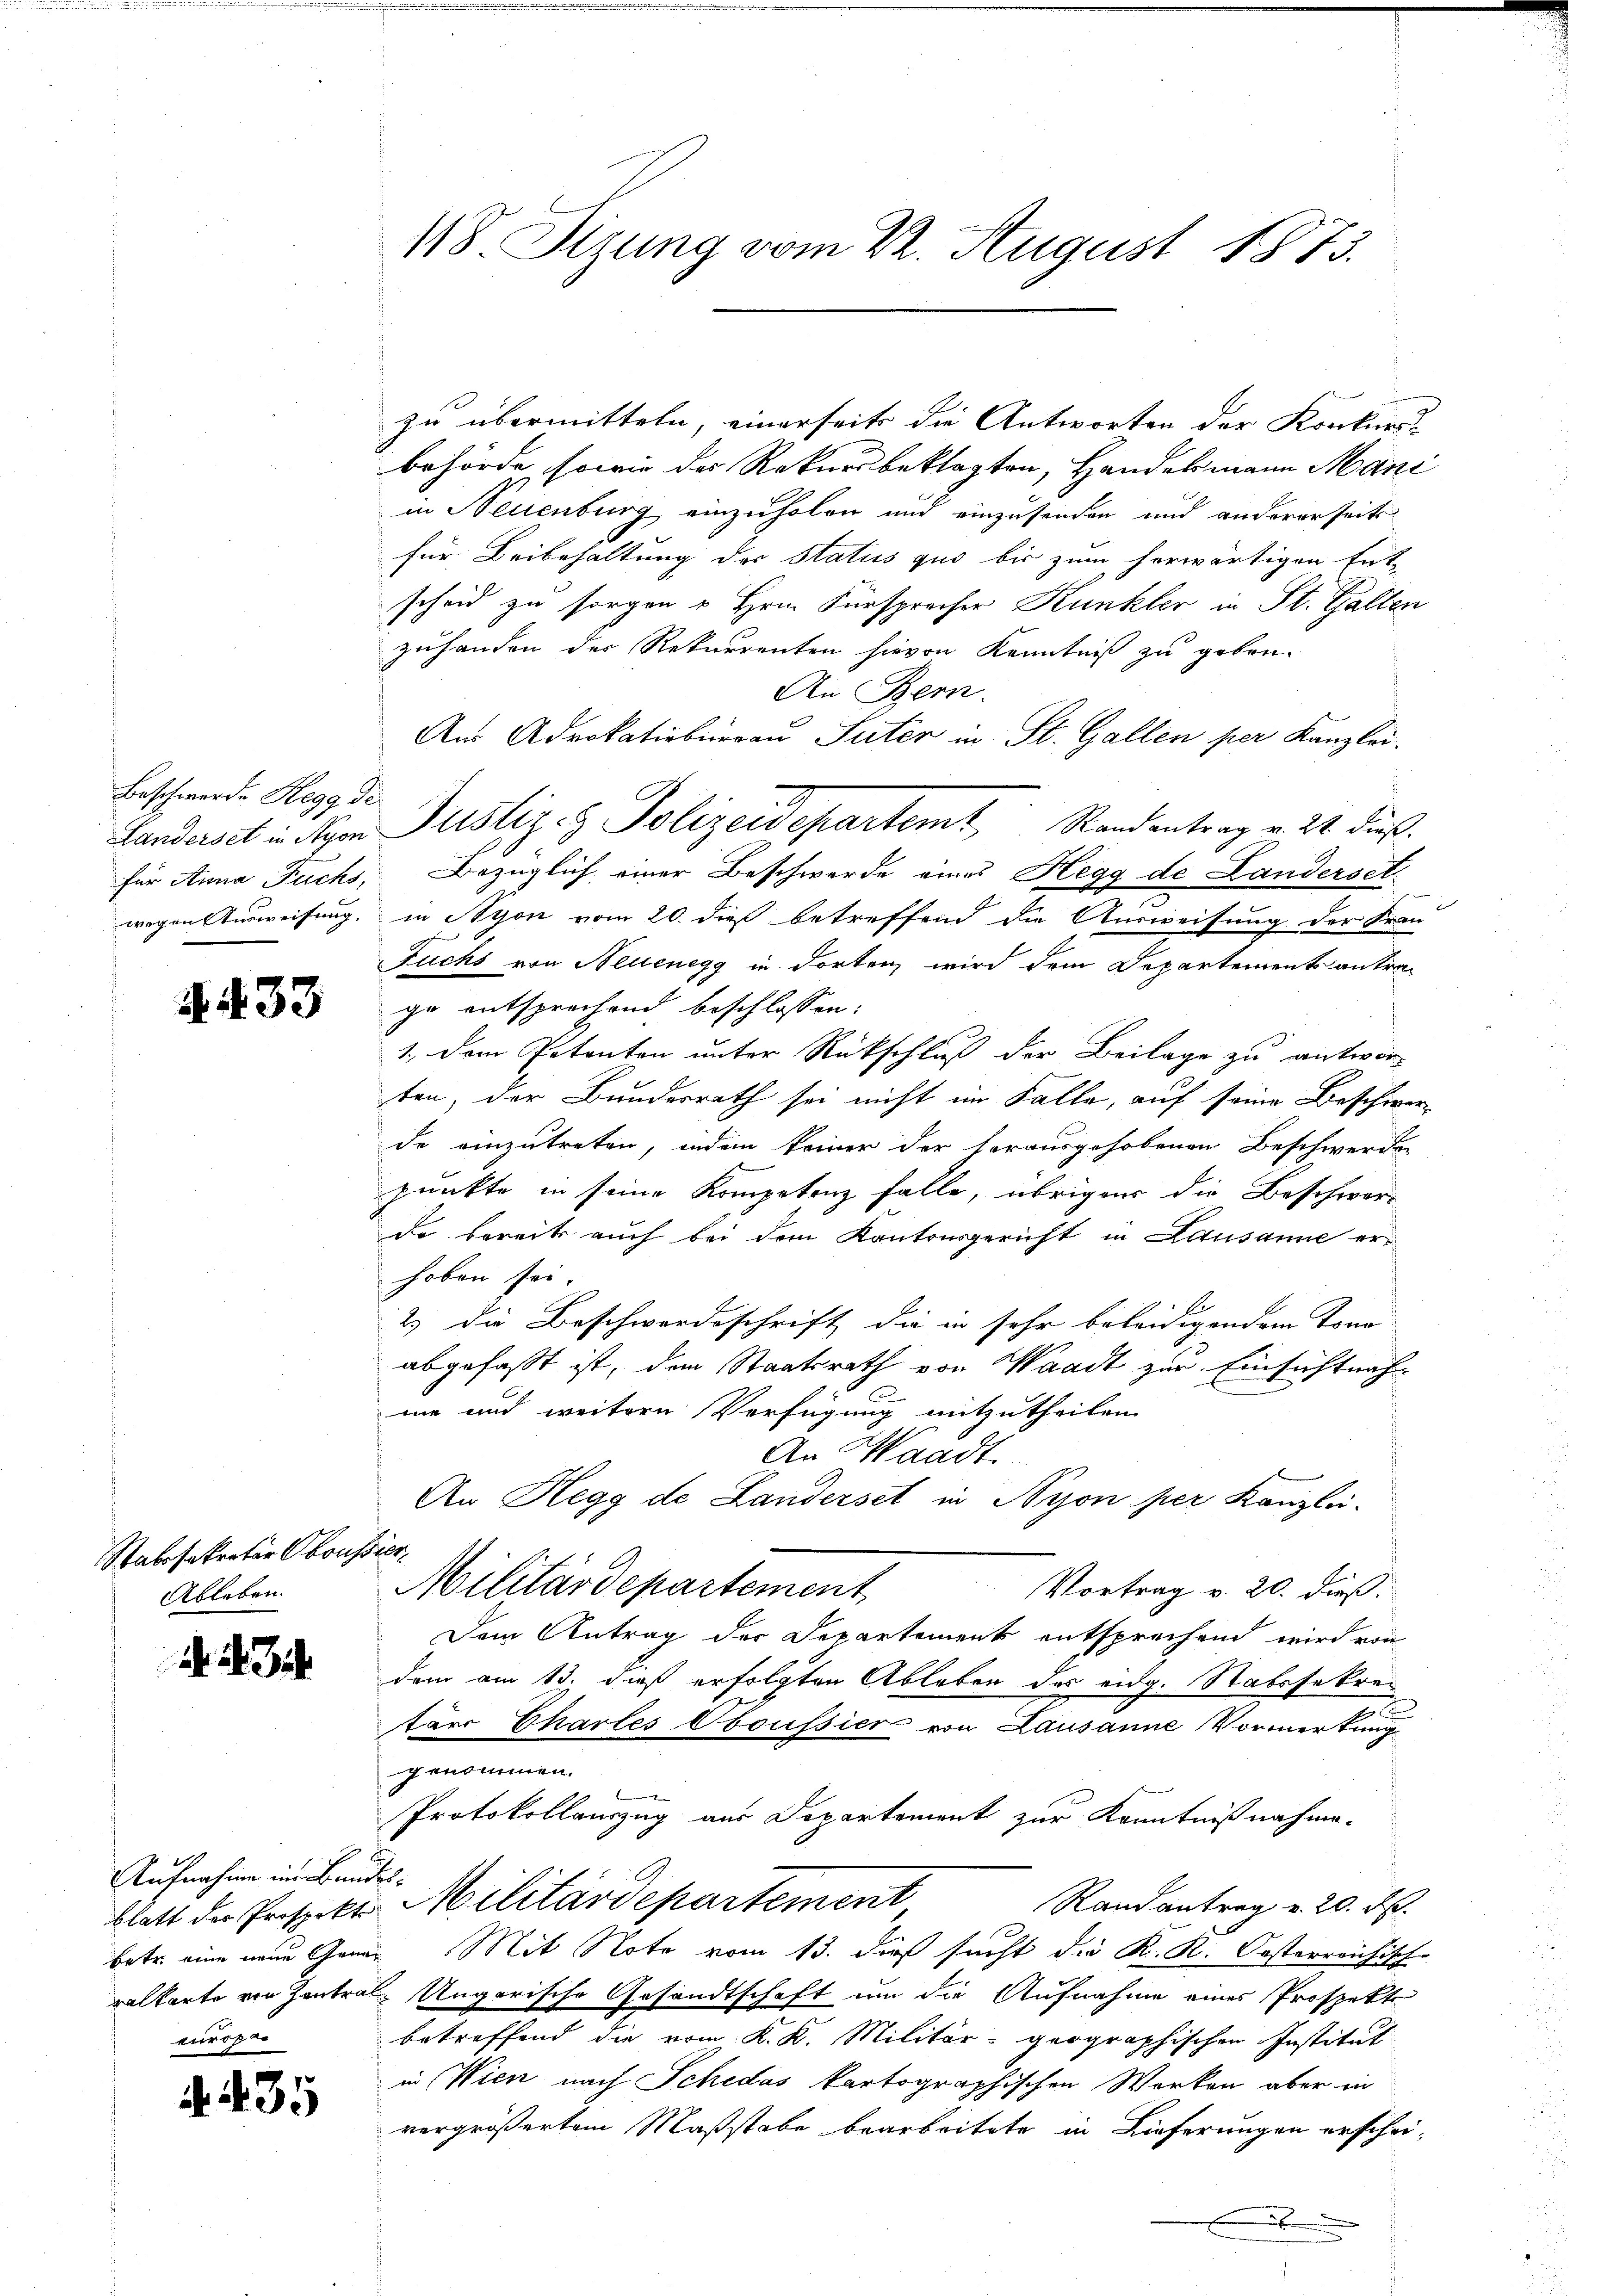
Beschwerde Hegg de

4 S. 33

Stabesakrater Oboussier
Ableben.

d. d. Jch

Aufnahme im Bundeseuroper

A. 35

118 Sirung vom 22. August 1873.

zu übermitteln, einerseits die Antworten der Konkurs-
behörde sowie das Rekursbeklagten, Handelsmann Mani
in Neuenburg einzuholen und einzusenden und andererseits
für Beibehaltung der Status quo bis zum herwärtigen Ent-
scheid zu sorgen u Hrn. Fürsprecher Kunkler in St. Galten
zuhanden der Rekurrenten hievon Kenntniß zu geben.
An Bern.
Aus Advokatiobuerau Seiter in St. Gallen per Kanzlei.
für Anna Fuchs, Bezüglich einer Beschwerde eines Hegg de Landerset
wegen Ausweisung, in Nyon vom 20. dieß betreffend die Ausweisung der Frau
Fuchs von Neuenegg in dorten wird dem Departements antrage entsprechend beschlossen:
1., dem Petenten unter Rückschluß der Beilage zu antwor
ten, der Bundesrath sei nicht im Falle, auf seine Beschwer-
de einzutreten, indem keiner der vorausgehobenen Beschwerden
punkte in seine Kompetenz falle, übriger die Beschwer-
de bereits auch bei dem Kantonsgericht in Lausanne erhoben sei.
2.) die Beschwerdsschrift die in sehr beleidigendem Tonn- |
abgefaßt ist, dem Staatsrath von Waadt zur Einsichtnahme und weitere Verfügung mitzutheilen.
An Waadt.
An Hegg de Landerseit in Nyon per Kanzlei.
Militärdepartement
Vortrag v. 20. dieß.
Dem Antrag der Departement entsprechend wird von
dem am 13. dieß erfolgten Ableben des eidg. Stabssekre¬
.
tärc Chartes Oboussier von Lausanne Vormerkung
genommen.
Protokollauszug aus Departement zur Kenntnißnahme-
Randantrag u. 20. d.
blatt der Prospekt Militärdepartement
betr. eine neue Genaz Mit Note vom 13. dieß sucht die K. K. Oesterreichisch-
ralkarte von Zentral-Ungarische Gesandtschaft um die Aufnahme eines Prospekt
betreffend die vom K. K. Militär geographischen Institut
in Wien nach Schedas kartographischen Werken aber in
vergrößertem Maßstabe bearbeitete in Lieferungen erscheib

Landerset in Nyon Justiz- & Polizeidepartemt Randentrag v. 24. dieß.